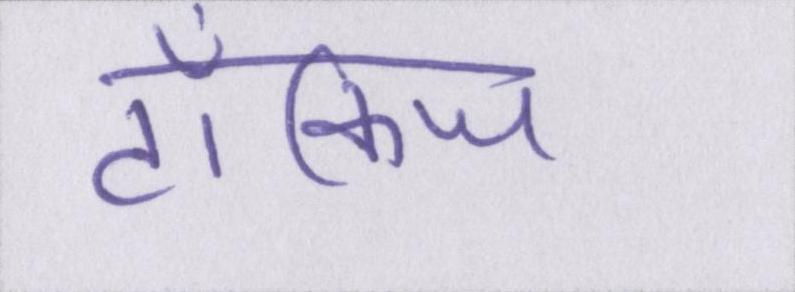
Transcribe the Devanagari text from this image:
टॉकिज